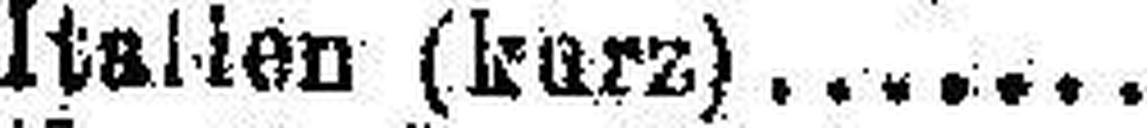
Italien (kurz)